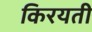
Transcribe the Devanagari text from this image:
किरयती